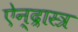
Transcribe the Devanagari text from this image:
ऐन्द्रास्त्र